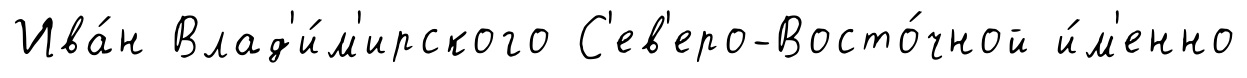
Ива́н Влад'и́м'ирского С'ев'еро-Восто́чной и́м'енно